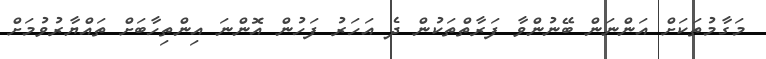
މަގާމުތަކަށް އަންނަން ބޭނުންވާ ފަރާތްތަކުން ދެ އަހަރު ފަހުން އޮންނަ އިންތިހާބަށް ތައްޔާރުވުމަށް